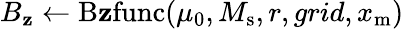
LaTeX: B_{\mathbf{z}}\gets\mathrm{{B\mathbf{z}func}}(\mu_{0},M_{\mathrm{{s}}},r,grid,x_{\mathrm{{m}}})